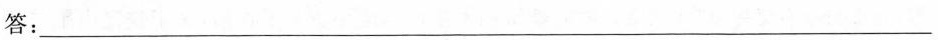
答：___